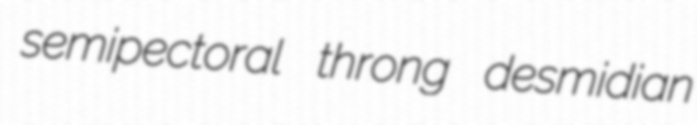
semipectoral throng desmidian